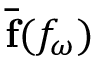
\overline { { \mathbf { f } } } ( f _ { \omega } )